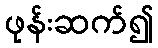
ဖုန်းဆက်၍